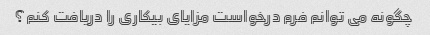
چگونه می توانم فرم درخواست مزایای بیکاری را دریافت کنم؟